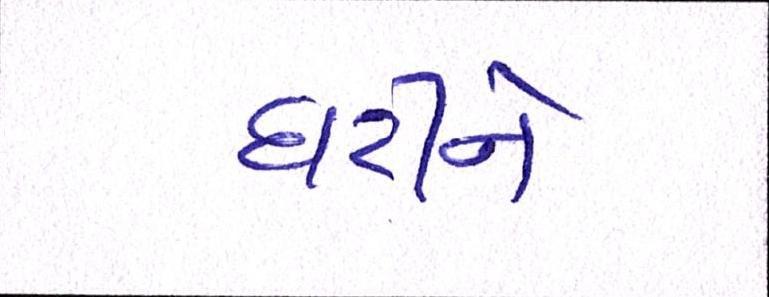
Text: ઘટીને